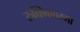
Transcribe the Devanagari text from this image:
रुक्मिणम्मा